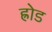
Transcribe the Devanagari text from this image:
ह्रोड